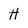
Character: H